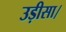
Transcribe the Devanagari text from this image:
उड़ीसा।